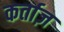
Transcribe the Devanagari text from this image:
कर्ताज़